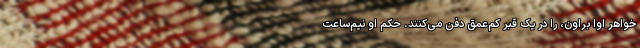
خواهر اوا براون، را در یک قبر کم‌عمق دفن می‌کنند. حکم او نیم‌ساعت